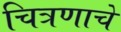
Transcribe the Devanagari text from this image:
चित्रणाचे